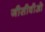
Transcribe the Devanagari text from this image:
जीसीवीओ